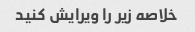
خلاصه زیر را ویرایش کنید